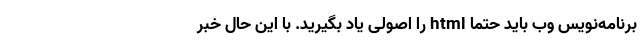
برنامه‌نویسِ وب باید حتما html را اصولی یاد بگیرید. با این حال خبر